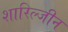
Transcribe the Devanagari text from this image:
शारिल्जीन